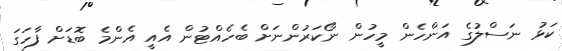
ކަޅު ނަސްލުގެ އަންހެން މީހުން ނޯކަރުންނަށް ބެހެއްޓުން އެއީ އެންމެ ބޮޑަށް ފާހަގަ